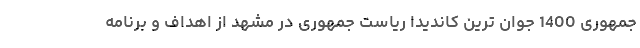
جمهوری 1400 جوان ترین کاندیدا ریاست جمهوری در مشهد از اهداف و برنامه